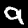
Digit: 9